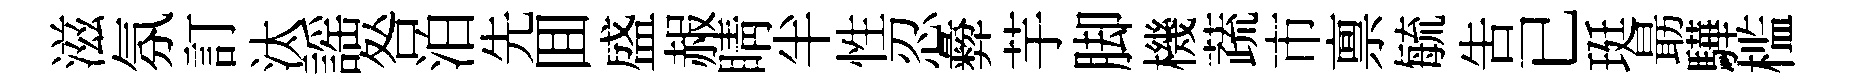
滋氛訂汰謡咎泊先囬盛赧睛半性忍彜芋脚機蔬市禀毓告已珽朂驊槛